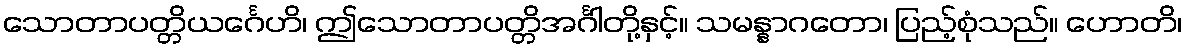
သောတာပတ္တိယင်္ဂေဟိ၊ ဤသောတာပတ္တိအင်္ဂါတို့နှင့်။ သမန္နာဂတော၊ ပြည့်စုံသည်။ ဟောတိ၊